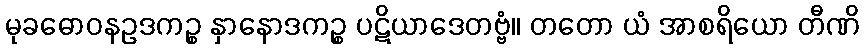
မုခဓောဝနဥဒကဉ္စ နှာနောဒကဉ္စ ပဋိယာဒေတဗ္ဗံ။ တတော ယံ အာစရိယော တီဏိ